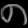
Digit: ၈